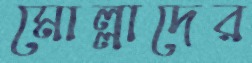
মোল্লাদের